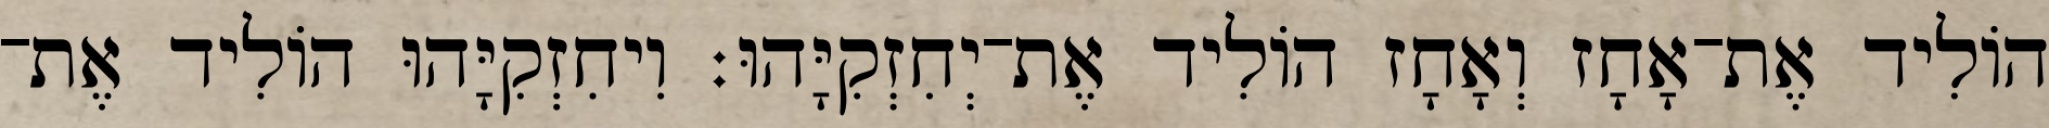
הוֹלִיד אֶת־אָחָז וְאָחָז הוֹלִיד אֶת־יְחִזְקִיָּהוּ׃ וִיחִזְקִיָּהוּ הוֹלִיד אֶת־